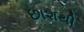
છાશથી